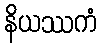
နိယဿကံ